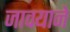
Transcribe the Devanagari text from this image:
जावयाने